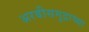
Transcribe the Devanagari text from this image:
अरबीसमुद्राच्या